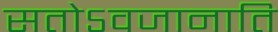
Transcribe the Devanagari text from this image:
सतोऽवजानाति